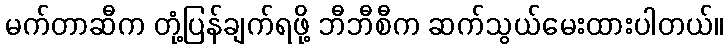
မက်တာဆီက တုံ့ပြန်ချက်ရဖို့ ဘီဘီစီက ဆက်သွယ်မေးထားပါတယ်။